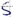
Text: S